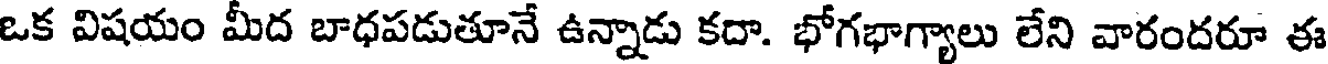
ఒక విషయం మీద బాధపడుతూనే ఉన్నాడు కదా. భోగభాగ్యాలు లేని వారందరూ ఈ